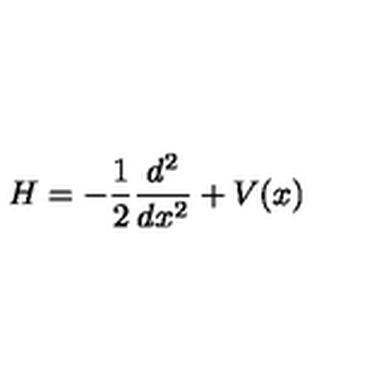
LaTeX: H = - \frac 1 2 \frac { d ^ { 2 } } { d x ^ { 2 } } + V ( x )